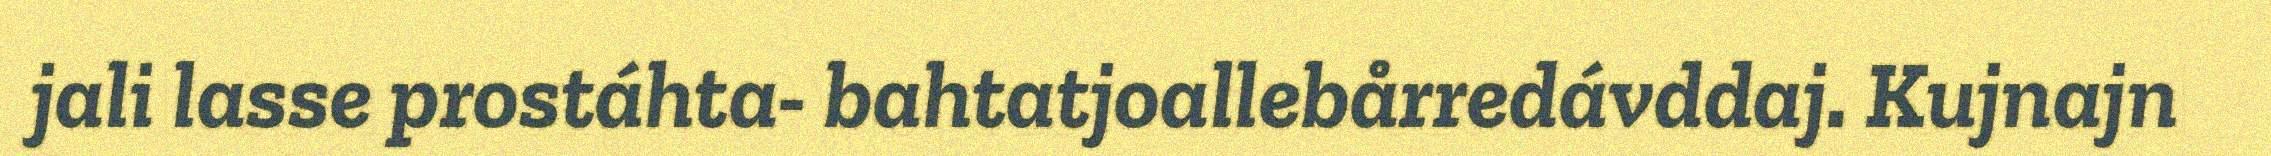
jali lasse prostáhta- bahtatjoallebårredávddaj. Kujnajn